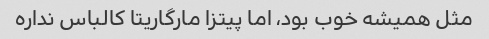
مثل همیشه خوب بود، اما پیتزا مارگاریتا کالباس نداره